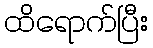
ထိရောက်ပြီး